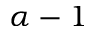
\alpha - 1